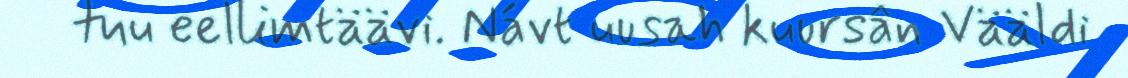
tuu eellimtäävi. Návt uusah kuursân Vääldi